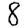
Digit: 8